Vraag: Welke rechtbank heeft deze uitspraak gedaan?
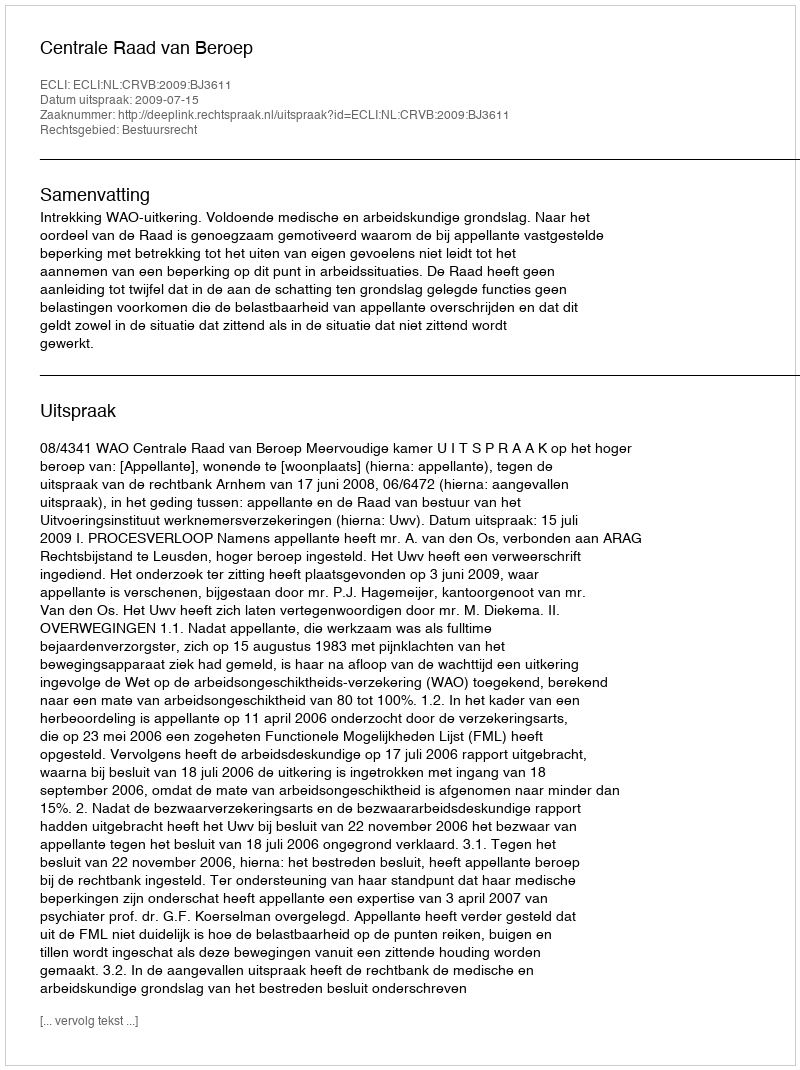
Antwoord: Centrale Raad van Beroep